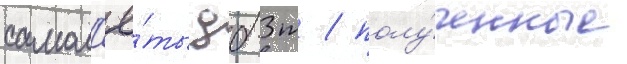
самол'ё́ты дб-3т / полу́ченные